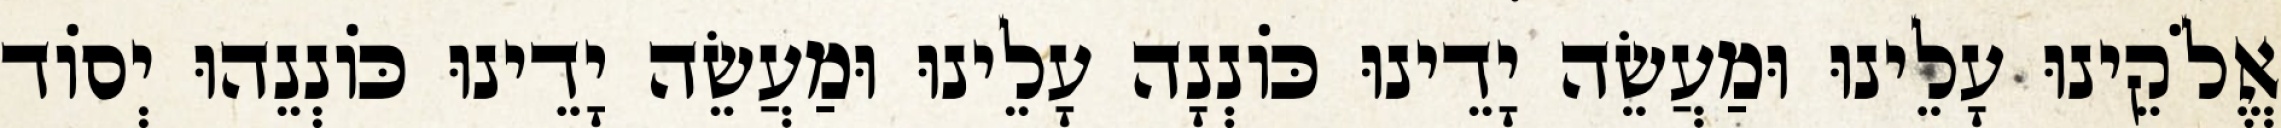
אֱלֹקֵינוּ עָלֵינוּ וּמַעֲשֵׂה יָדֵינוּ כּוֹנְנָה עָלֵינוּ וּמַעֲשֵׂה יָדֵינוּ כּוֹנְנֵהוּ יְסוֹד